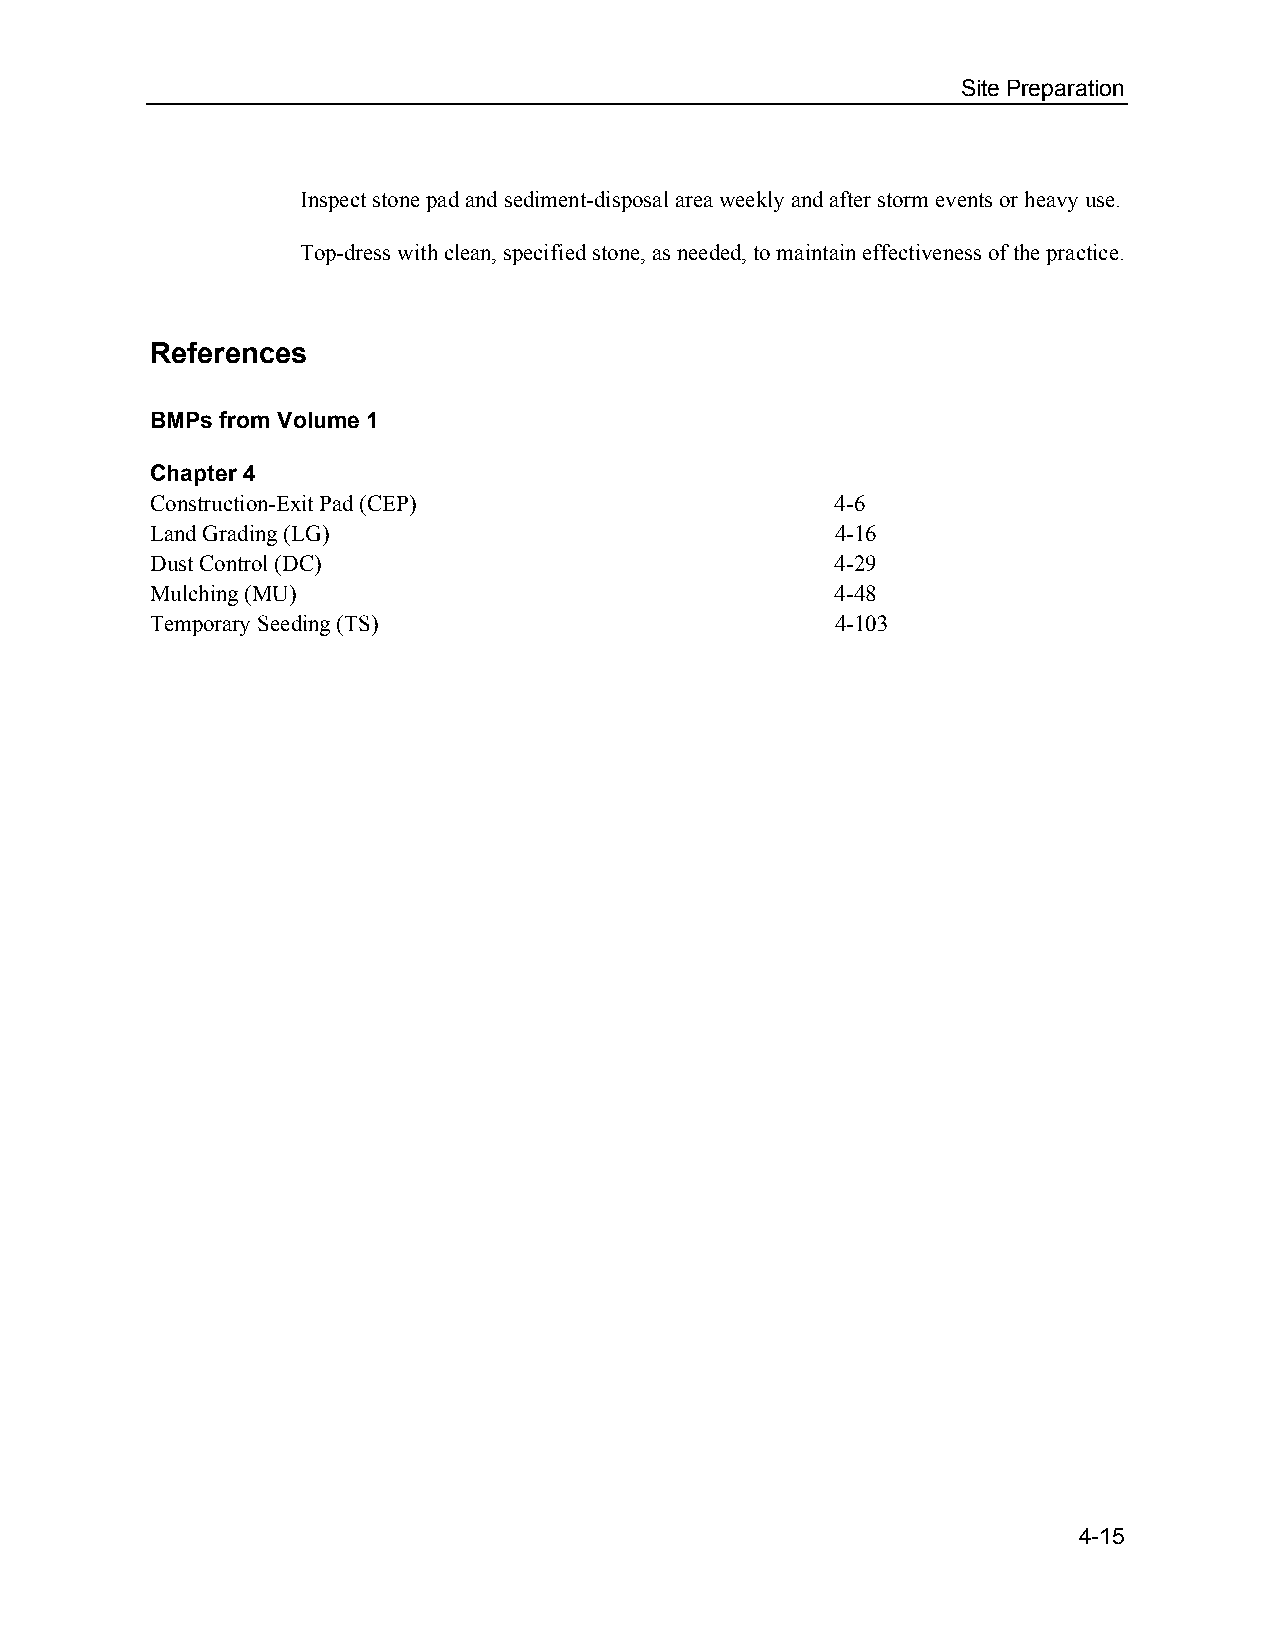
Site Preparation
 Inspect stone pad and sediment-disposal area weekly and after storm events or heavy use.
 Top-dress with clean, specified stone, as needed, to maintain effectiveness of the practice.
 References
 BMPs from Volume 1
 Chapter 4
 Construction-Exit Pad (CEP)                  4-6
 Land Grading (LG)                            4-16
 Dust Control (DC)                            4-29
 Mulching (MU)                                4-48
 Temporary Seeding (TS)                       4-103
 4-15